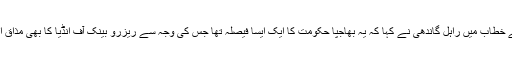
سیمینار سے خطاب میں راہل گاندھی نے کہا کہ یہ بھاجپا حکومت کا ایک ایسا فیصلہ تھا جس کی وجہ سے ریزرو بینک آف انڈیا کا بھی مذاق اڑایا گیا ہے۔